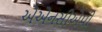
એએનસીએપી